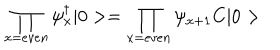
\prod _ { x = e v e n } \psi _ { x } ^ { \dagger } | 0 > = \prod _ { x = e v e n } \psi _ { x + 1 } C | 0 >